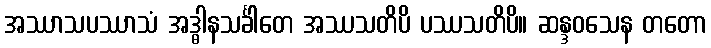
အဿာသပဿာသံ အဒ္ဓါနသင်္ခါတေ အဿသတိပိ ပဿသတိပိ။ ဆန္ဒဝသေန တတော